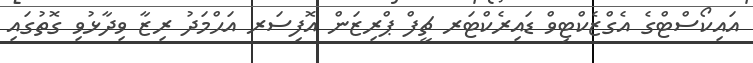
އައިކޯސްޓްގެ އެގްޒެކްޓިވް ޑައިރެކްޓަރ ޗީފް ޕްރިޒަން އޮފިސަރ އަޙްމަދު ރިޒާ ވިދާޅުވި ގޮތުގައި